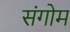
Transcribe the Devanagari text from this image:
संगोम